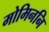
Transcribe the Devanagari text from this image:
मोमिननि